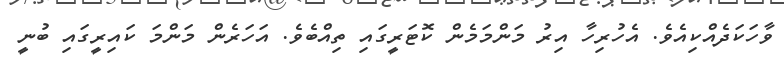
ވާހަކަދެއްކިއެވެ. އެހުރިހާ އިރު މަންމަމެން ކޮޓަރީގައި ތިއްބެވެ. އަހަރެން މަންމަ ކައިރީގައި ބުނީ